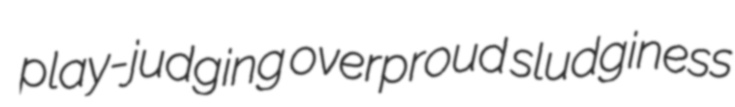
play-judging overproud sludginess